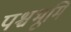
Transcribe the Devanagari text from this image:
पश्चभूमि